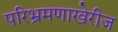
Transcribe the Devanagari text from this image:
परिभ्रमणाखेरीज